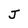
Character: J